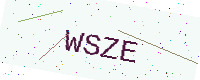
Text: WSZE